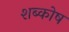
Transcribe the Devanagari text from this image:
शब्कोष